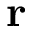
{ \bf r }